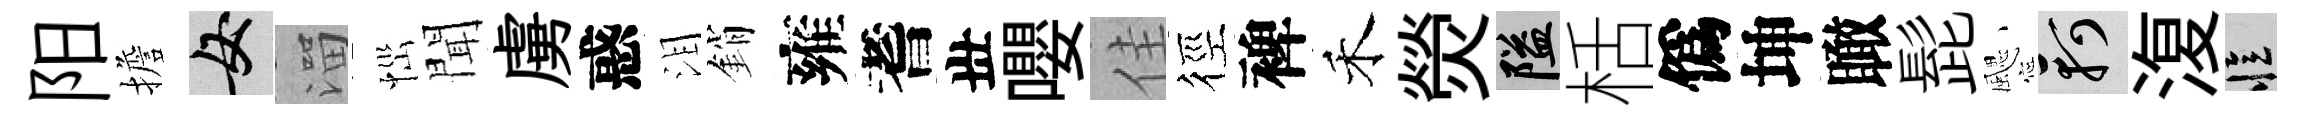
阳擔女溜𢙉聞虜惑泪銷雍耆丗嚶佳徑裨禾熒隘栝僞坤瞰髭颸軻𣸪忆